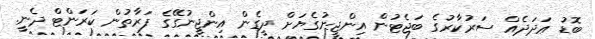
ބޮޑު ޢަދަދެއް ސަރުކާރުގެ ބަޖެޓުން އިންޖީނުގެޔަށް ދީގެން އިންޖީނުގޭގެ ފަރާތުން ކަރަންޓް ދެނީ.